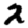
Digit: 2